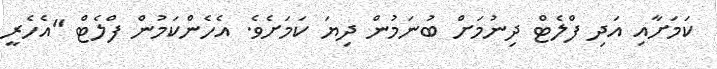
ކަމަށާއި އަދި ފްލެޓް ދިނުމަށް ބުނަމުން ދިޔަ ކަމަށެވެ. އެހެންކަމުން ފްލެޓް "އެހެރީ